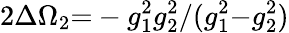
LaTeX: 2\Delta\Omega_{2}{=}-g_{1}^{2}g_{2}^{2}/(g_{1}^{2}{-}g_{2}^{2})